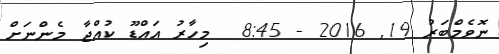
ނޮވެމްބަރު 19